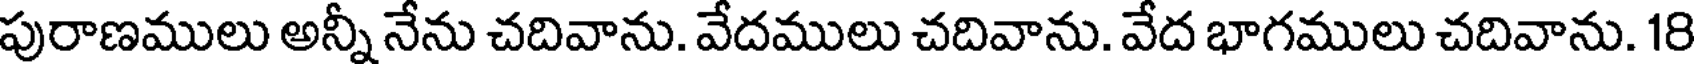
పురాణములు అన్నీ నేను చదివాను. వేదములు చదివాను. వేద భాగములు చదివాను. 18